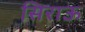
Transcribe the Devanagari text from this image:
सिराऊ